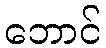
ဘောင်